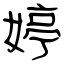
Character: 婷